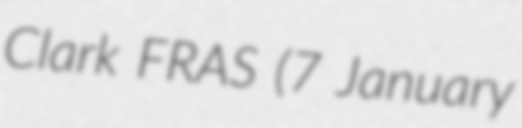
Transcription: Clark FRAS (7 January